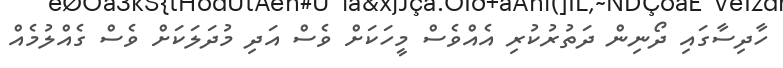
ހާދިސާގައި ދޯނިން ދަތުރުކުރި އެއްވެސް މީހަކަށް ވެސް އަދި މުދަލަކަށް ވެސް ގެއްލުމެއް